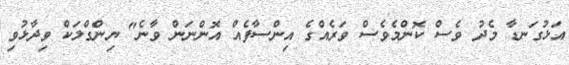
އަޅުގަނޑާ މެދު ވެސް ކޮންމެވެސް ވަރެއްގެ އިންސާފެއް އޮންނަން ވާނެ" ޔިންގްލަކް ވިދާޅުވި